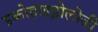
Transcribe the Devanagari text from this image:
इकोहाइड्रोलोजी